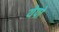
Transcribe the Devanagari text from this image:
येपो